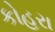
કોહરા